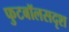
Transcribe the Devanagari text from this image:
फुटबॉलसदृश